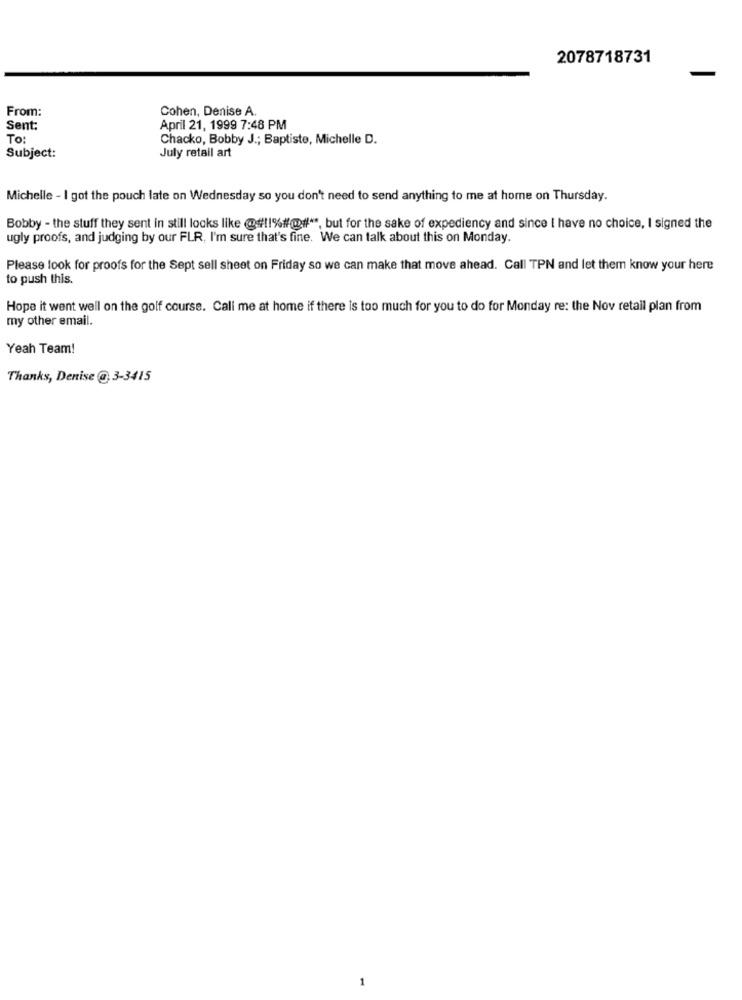
2078718731
From:
Cohen, Denise A.
Sent:
April 21, 1999 7:48 PM
To:
Chacko, Bobby J .; Baptiste, Michelle D.
July retail art
Subject:
Michelle - I got the pouch late on Wednesday so you don't need to send anything to me at home on Thursday.
Bobby - the stuff they sent in still locks like @#11%#@# **, but for the sake of expediency and since I have no choice, I signed the
ugly proofs, and judging by our FLR, I'm sure that's fine. We can talk about this on Monday.
Please look for proofs for the Sept sell sheet on Friday so we can make that move ahead. Call TPN and let them know your here
to push this.
Hope it went well on the golf course. Call me at home if there is too much for you to do for Monday re: the Nov retail plan from
my other email.
Yeah Team!
Thanks, Denise @ 3-3415
1